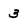
Character: 3